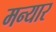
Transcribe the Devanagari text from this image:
मन्यार